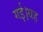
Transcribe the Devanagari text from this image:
गई।यह